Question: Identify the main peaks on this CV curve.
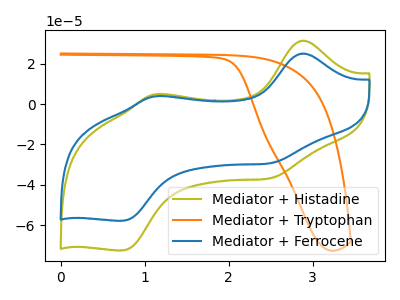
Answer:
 <answer>The olive curve "Mediator + Histadine" has anodic peaks at (2.85V, 31.45uA) (1.10V, 4.85uA) and cathodic peaks at (2.50V, -36.70uA) (0.75V, -72.55uA). The orange curve "Mediator + Tryptophan" has no peaks. The blue curve "Mediator + Ferrocene" has anodic peaks at (2.85V, 25.05uA) (1.10V, 3.85uA) and cathodic peaks at (2.50V, -29.25uA) (0.75V, -57.85uA).</answer>
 <eval></eval>